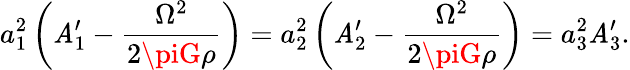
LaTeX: a_{1}^{2}\left(\mathit{A}_{1}^{\prime}-\frac{{\Omega^{2}}}{{2\piG\rho}}\right)=a_{2}^{2}\left(\mathit{A}_{2}^{\prime}-\frac{{\Omega^{2}}}{{2\piG\rho}}\right)=a_{3}^{2}\mathit{A}_{3}^{\prime}.